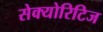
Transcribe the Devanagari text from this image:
सेक्योरिटिज